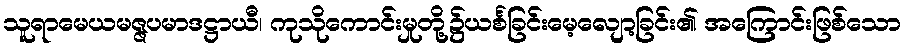
သူရာမေယမဇ္ဇပမာဒဋ္ဌာယီ၊ ကုသိုကောင်းမှုတို့၌ယင်္စခြင်းမေ့လျော့ခြင်း၏ အကြောင်းဖြစ်သော